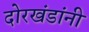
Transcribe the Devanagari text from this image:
दोरखंडांनी